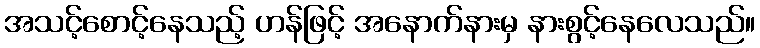
အသင့်စောင့်နေသည့် ဟန်ဖြင့် အနောက်နားမှ နားစွင့်နေလေသည်။